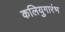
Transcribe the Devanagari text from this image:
कलियुगारंभ